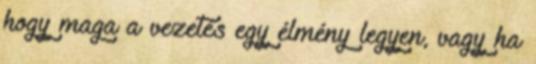
hogy maga a vezetés egy élmény legyen, vagy ha